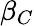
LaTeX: \beta_{C}